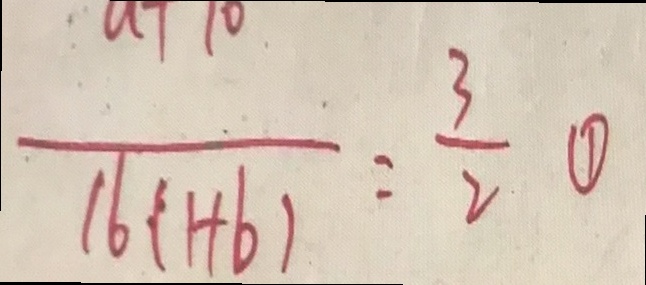
\frac { a + 1 0 } { 1 6 ( 1 + b ) } = \frac { 3 } { 2 } \textcircled { 1 }